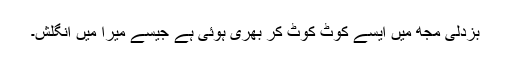
بزدلی مجھ میں ایسے کُوٹ کُوٹ کر بھری ہوئی ہے جیسے میرا میں انگلش۔